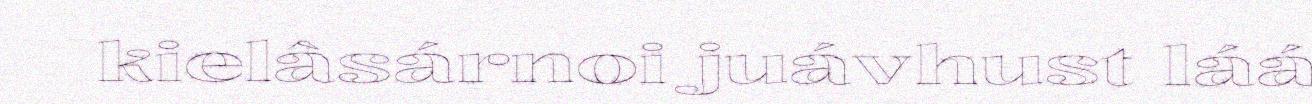
kielâsárnoi juávhust láá